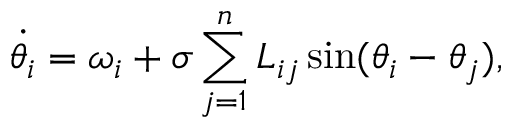
\Dot { \theta _ { i } } = \omega _ { i } + \sigma \sum _ { j = 1 } ^ { n } L _ { i j } \sin ( \theta _ { i } - \theta _ { j } ) ,